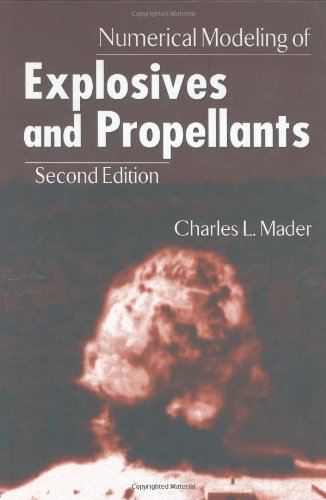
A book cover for Numerical Modeling of Explosives and Propellants, Second Edition; Charles L. Mader; Science & Math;